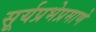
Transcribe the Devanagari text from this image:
सूर्यप्रभेप्रमाणे